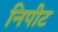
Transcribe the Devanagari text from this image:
निपीट